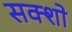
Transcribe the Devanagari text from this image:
सक्शो